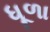
ધૂળા